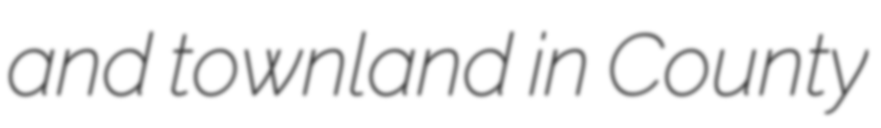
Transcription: and townland in County